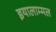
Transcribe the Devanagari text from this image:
इयालाम्मल